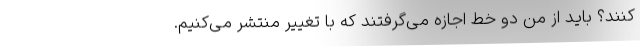
کنند؟ باید از من دو خط اجازه می‌گرفتند که با تغییر منتشر می‌کنیم.